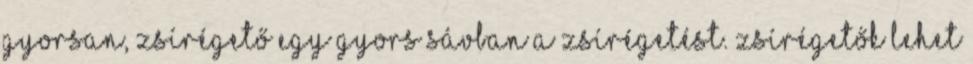
gyorsan, zsírégető egy gyors sávban a zsírégetést. Zsírégetők lehet